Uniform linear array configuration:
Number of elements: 16
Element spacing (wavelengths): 0.25
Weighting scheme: blackman
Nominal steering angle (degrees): -30
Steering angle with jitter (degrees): -28.779
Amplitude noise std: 0.05
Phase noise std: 0.05

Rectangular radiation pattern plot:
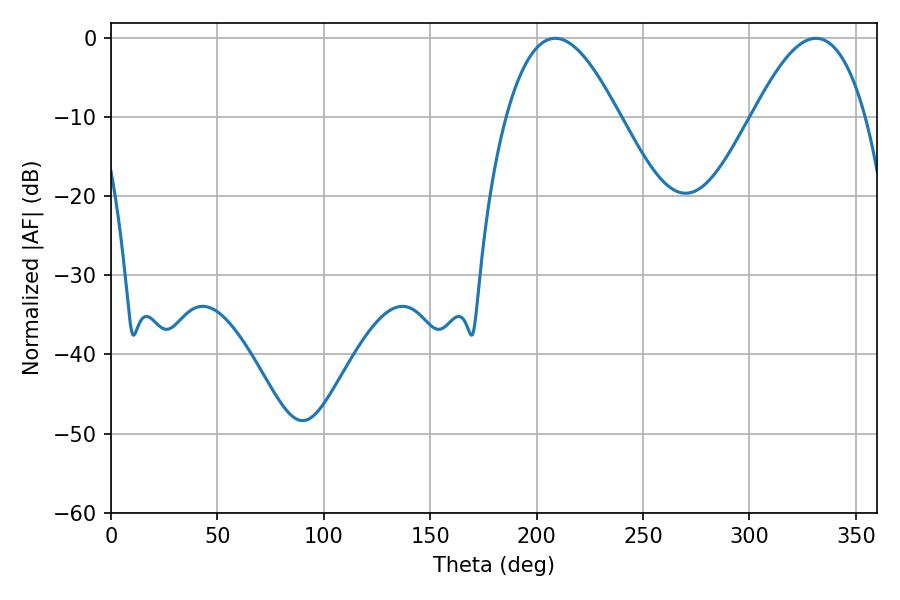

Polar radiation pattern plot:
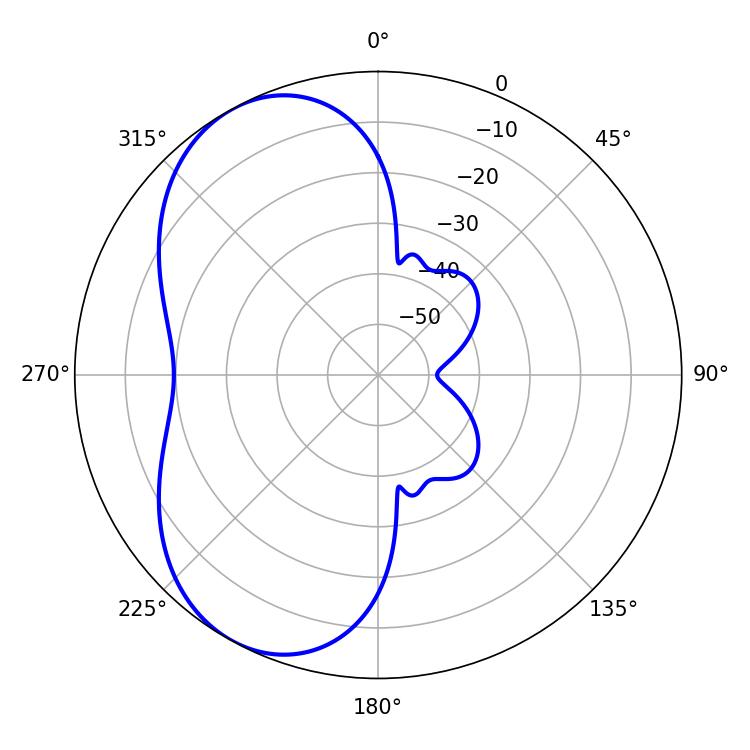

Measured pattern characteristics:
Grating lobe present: FALSE
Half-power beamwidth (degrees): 28.8
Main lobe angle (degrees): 208.8